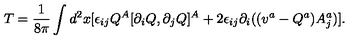
T = \frac { 1 } { 8 \pi } \int d ^ { 2 } x [ \epsilon _ { i j } Q ^ { A } [ \partial _ { i } Q , \partial _ { j } Q ] ^ { A } + 2 \epsilon _ { i j } \partial _ { i } ( ( v ^ { a } - Q ^ { a } ) A _ { j } ^ { a } ) ] .